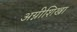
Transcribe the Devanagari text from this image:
अग्नीशिखा